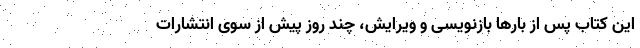
این کتاب پس از بارها بازنویسی و ویرایش، چند روز پیش از سوی انتشارات